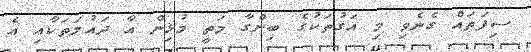
ސިފަތައް ގެނެވި މި އަގުތަކުގެ ބިންގާ މަތީ މުޅިން އާ ދައުލަތަކާއި އެ